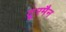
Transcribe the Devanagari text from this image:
टू्रमैन